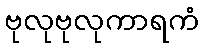
ဗုလုဗုလုကာရကံ